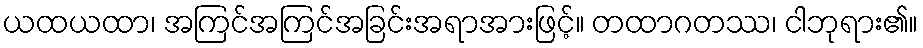
ယထယထာ၊ အကြင်အကြင်အခြင်းအရာအားဖြင့်။ တထာဂတဿ၊ ငါဘုရား၏။